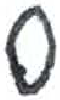
אות: ס